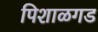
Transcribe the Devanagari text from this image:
पिशाळगड